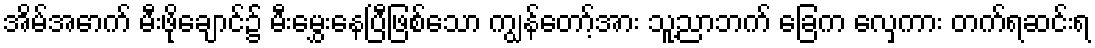
အိမ်အောက် မီးဖိုချောင်၌ မီးမွှေးနေပြီဖြစ်သော ကျွန်တော့်အား သူ့ညာဘက် ခြေက လှေကား တက်ရဆင်းရ